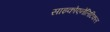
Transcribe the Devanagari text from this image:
साइकोएनेलिटिकल